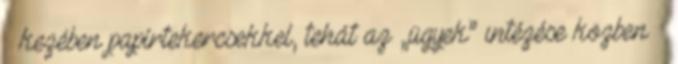
– kezében papírtekercsekkel, tehát az „ügyek” intézése közben –